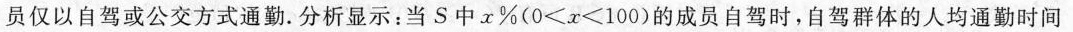
员仅以自驾或公交方式通勤.分析显示：当S中x%($$0 < x < 1 0 0$$)的成员自驾时，自驾群体的人均通勤时间